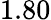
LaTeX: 1.80